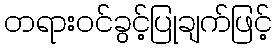
တရားဝင်ခွင့်ပြုချက်ဖြင့်